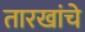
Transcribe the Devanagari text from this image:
तारखांचे